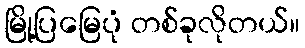
မြို့ပြမြေပုံ တစ်ခုလိုတယ်။